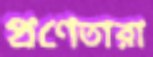
প্রণেতারা